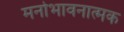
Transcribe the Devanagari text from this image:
मनोभावनात्मक